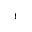
^ 1